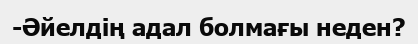
-Әйелдің адал болмағы неден?